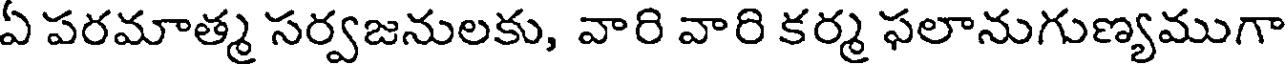
ఏ పరమాత్మ సర్వజనులకు, వారి వారి కర్మ ఫలానుగుణ్యముగా